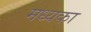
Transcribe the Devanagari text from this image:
मध्यका